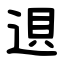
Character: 䢙